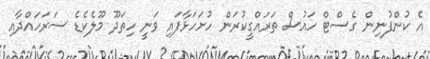
އެ ކުންފުނިން ގެސްޓް ހައުސް ތަރައްގީކުރަން ހުށަހަޅާފައި ވަނީ ހިތަދޫ މޫލެކެޑެ ސަރަހައްދާއި